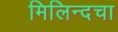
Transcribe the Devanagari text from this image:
मिलिन्दचा